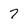
Character: 7